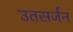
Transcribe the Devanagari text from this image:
उतसर्जन